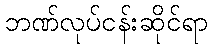
ဘဏ်လုပ်ငန်းဆိုင်ရာ